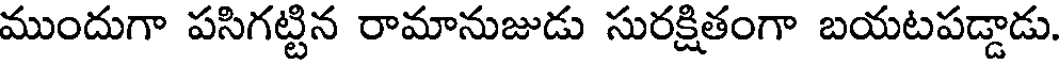
ముందుగా పసిగట్టిన రామానుజుడు సురక్షితంగా బయటపడ్డాడు.